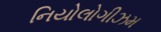
નિયોલોગીઝમ